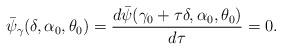
LaTeX: \begin{align*}\bar{\psi}_{\gamma}(\delta,\alpha_{0},\theta_{0})=\frac{d\bar{\psi}(\gamma_{0}+\tau\delta,\alpha_{0},\theta_{0})}{d\tau}=0. \end{align*}